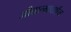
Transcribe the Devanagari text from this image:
जीवात्मादर्शन